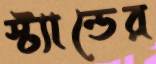
স্ট্যান্ডের